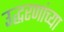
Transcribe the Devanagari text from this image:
उद्धरणांच्या